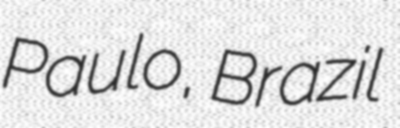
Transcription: Paulo, Brazil